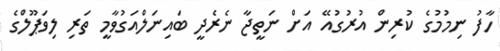
ހާފު ނިމުމުގެ ކުރިން އުރުގުއޭ އަށް ނަތީޖާ ނެރެދީ ބައިނަލްއަގުވާމީ ތަރި ލިވަޕޫލްގެ